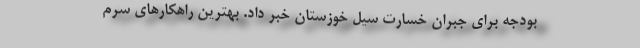
بودجه برای جبران خسارت سیل خوزستان خبر داد. بهترین‌ راهکارهای سرم